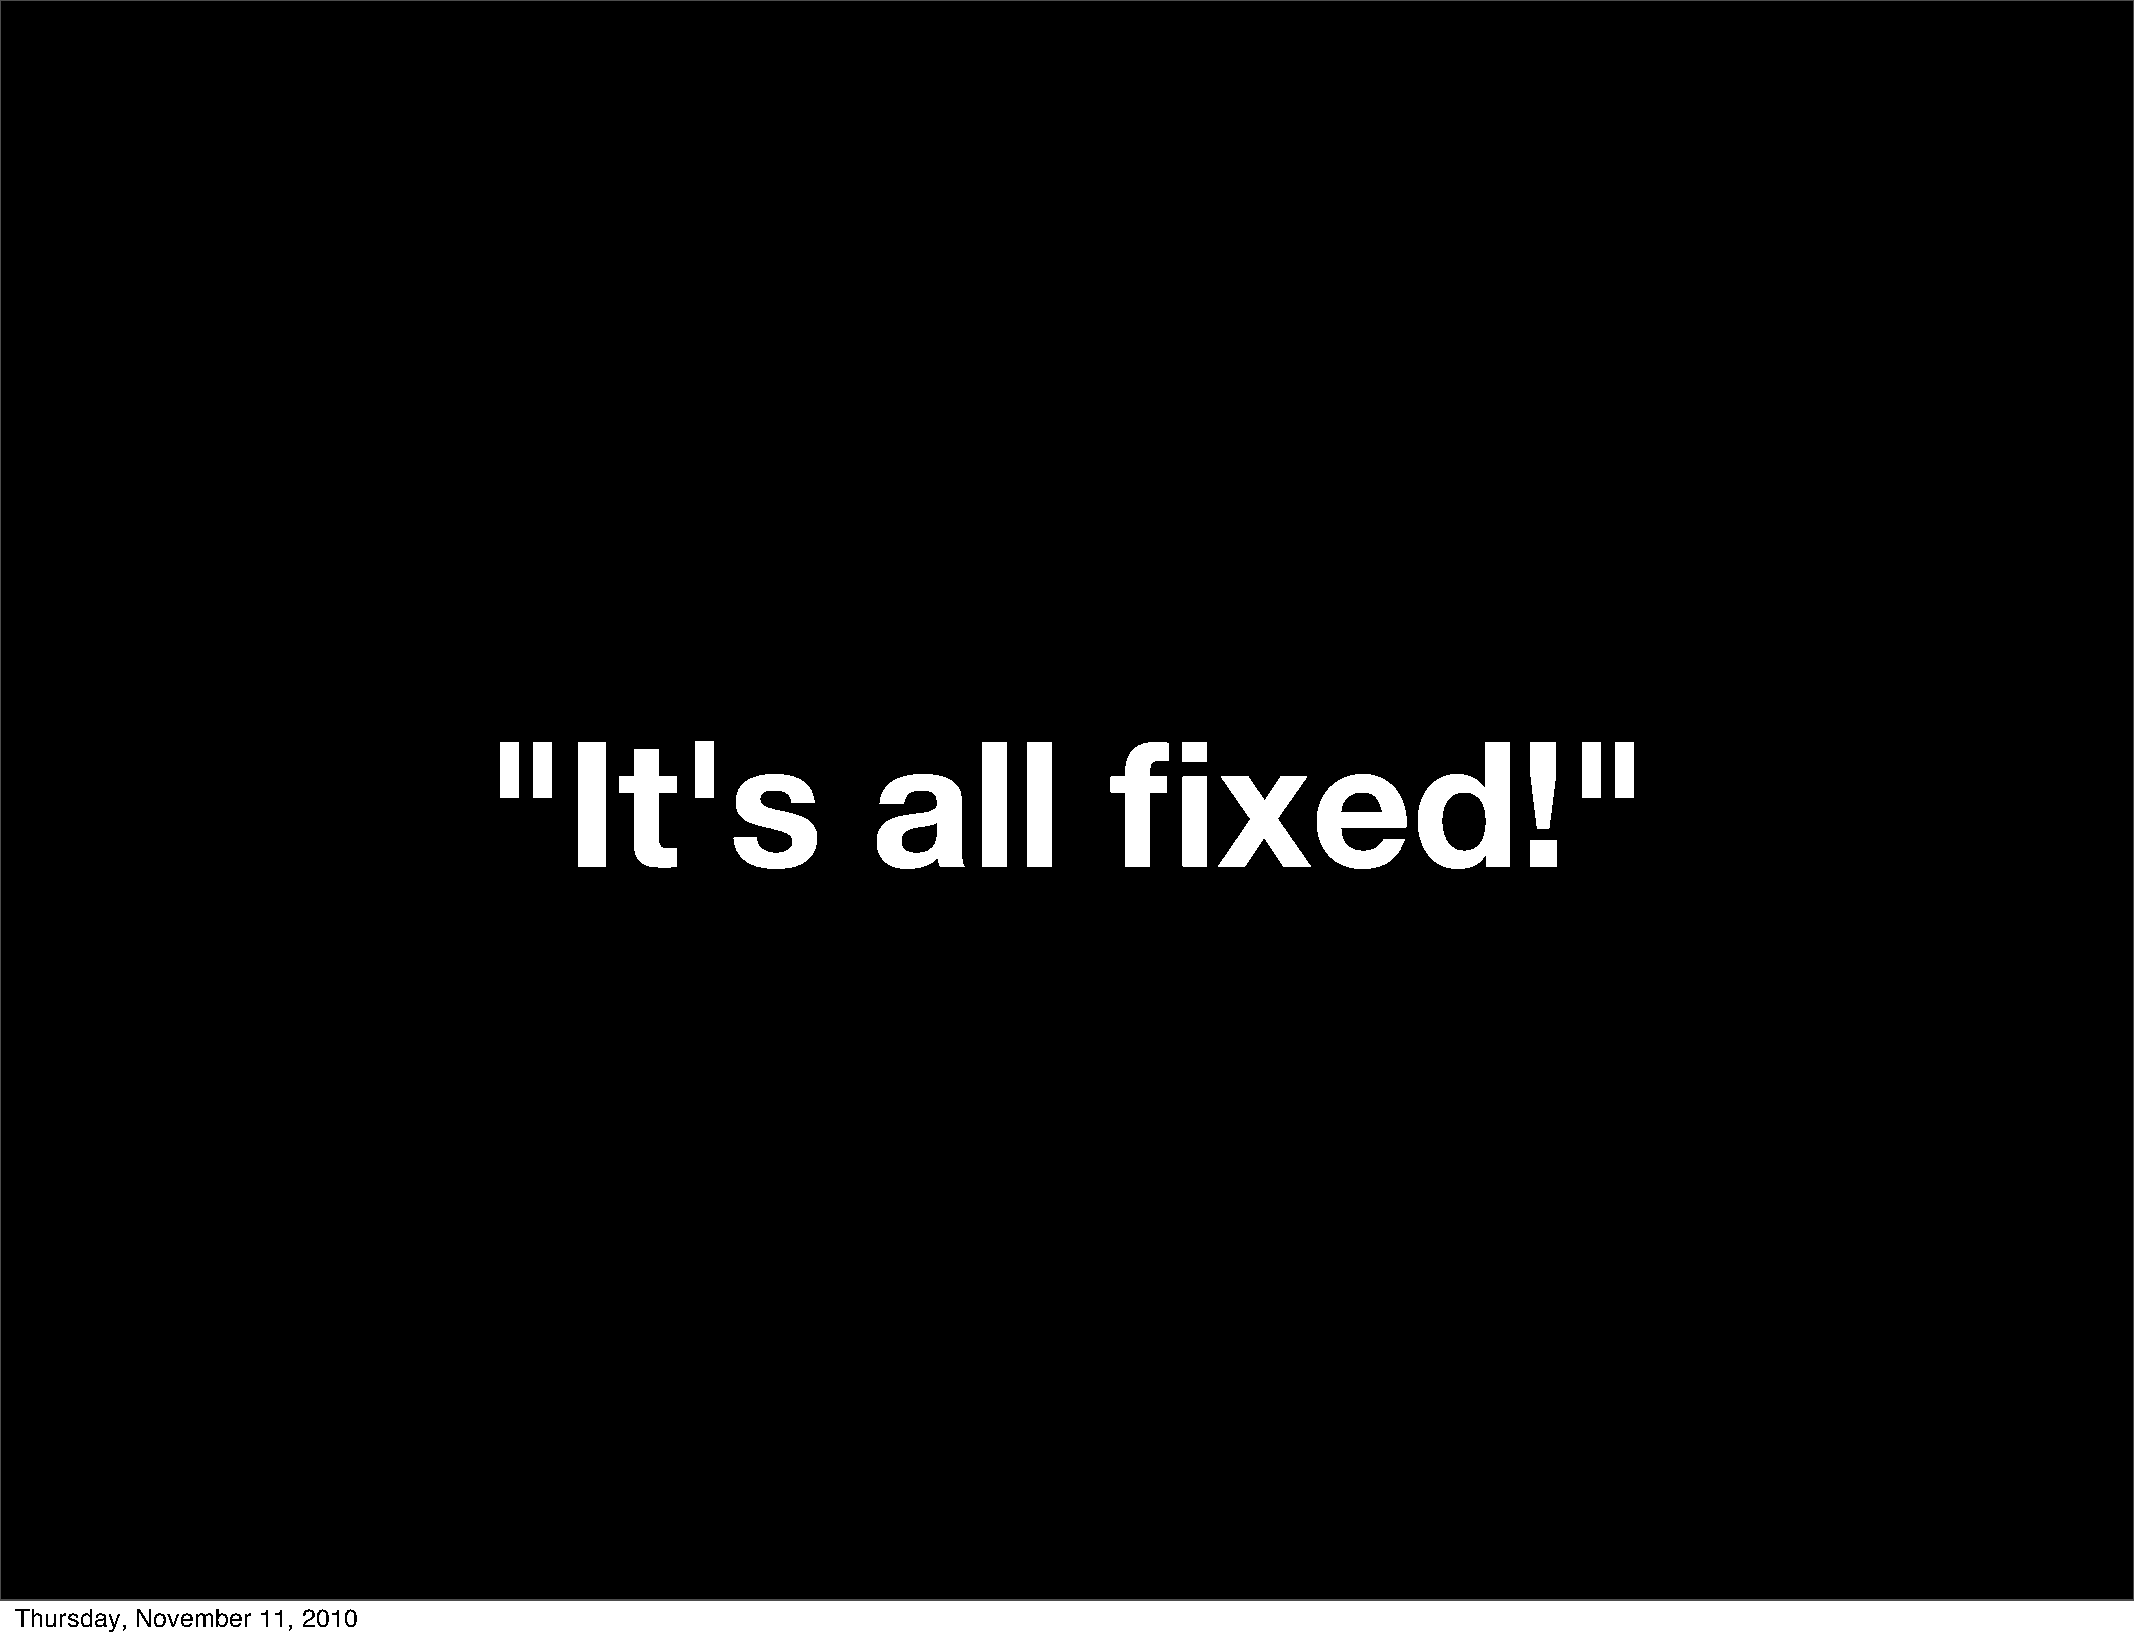
"It's                     all            fixed!"
 Thursday, November 11, 2010